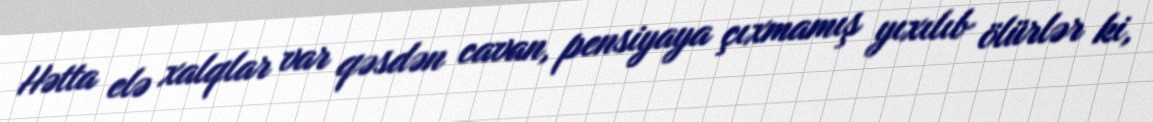
Hətta elə xalqlar var qəsdən cavan, pensiyaya çıxmamış yıxılıb ölürlər ki,